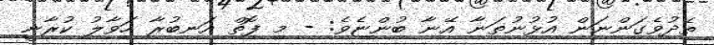
ތެދުވެގަންނަން އުޅުނުތަނާ އޭނާ ބުންޏެވެ: - މި ފޮތް އަނބުރާ ހަވާލު ކުރާނީ